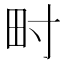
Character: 𤰥